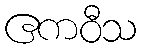
ဧကဝီသ